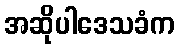
အဆိုပါဒေသခံက